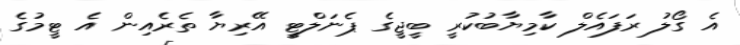
އެ ގޯލު ރަފައެލް ކާމިޔާބުކުރީ ބީޖީގެ ޕެނަލްޓީ އޭރިޔާ ތެރެއިން އެ ޓީމުގެ